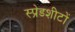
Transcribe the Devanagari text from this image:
स्प्रेडशीटों